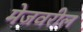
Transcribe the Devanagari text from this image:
मेजवरील